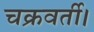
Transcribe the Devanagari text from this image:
चक्रवर्ती।